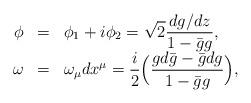
LaTeX: \begin{align*}\begin{array}{rcl} \phi &=& \displaystyle\phi_1+i\phi_2 =\sqrt{2}\frac{dg/dz}{1-\bar{g}g}, \\ \omega &=& \displaystyle\omega_\mu dx^\mu = \frac{i}{2}\Big( \frac{g d\bar{g} - \bar{g} dg}{1-\bar{g}g} \Big), \end{array}\end{align*}